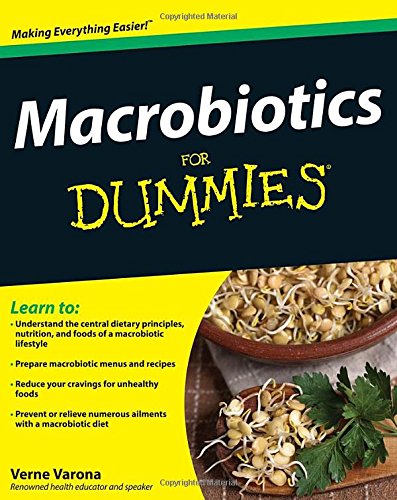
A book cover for Macrobiotics For Dummies; Verne Varona; Health, Fitness & Dieting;